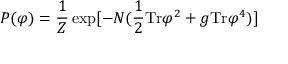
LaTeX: P ( \varphi ) = { \frac { 1 } { Z } } \exp [ - N ( { \frac { 1 } { 2 } } \mathrm { T r } \varphi ^ { 2 } + { g } \mathrm { T r } \varphi ^ { 4 } ) ]